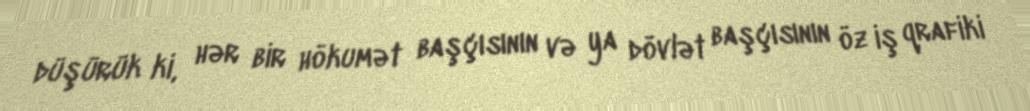
düşürük ki, hər bir hökumət başçısının və ya dövlət başçısının öz iş qrafiki